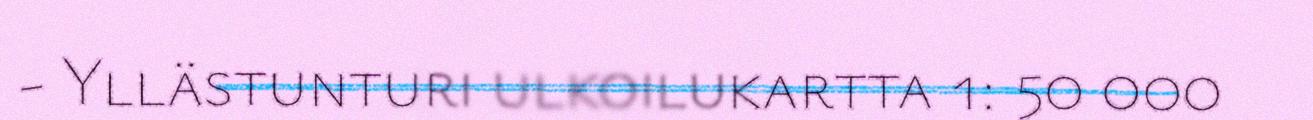
- Yllästunturi ulkoilukartta 1: 50 000